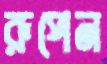
রূপেন